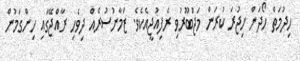
ހިދުމަތް ހޯދަން ހިޖުރަ ކުރަން މަޖުބޫރުވި ރެފިއުޖީއެކެވެ. ޒަމާނުސުރެއް ދިވެހި ރާއްޖޭގައި ހިންގަމުން